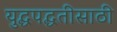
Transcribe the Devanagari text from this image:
युद्धपद्धतीसाठी